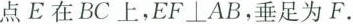
点E在BC上，EF⊥AB，垂足为F。